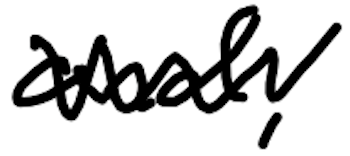
Text: and,
Cross-out: mix
Writing tool: digital_black